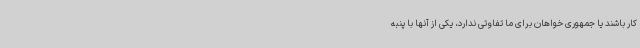
کار باشند یا جمهوری خواهان برای ما تفاوتی ندارد، یکی از آنها با پنبه